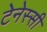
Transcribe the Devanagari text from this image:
टेनेस्सी